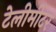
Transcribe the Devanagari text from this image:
टेलीमीटर